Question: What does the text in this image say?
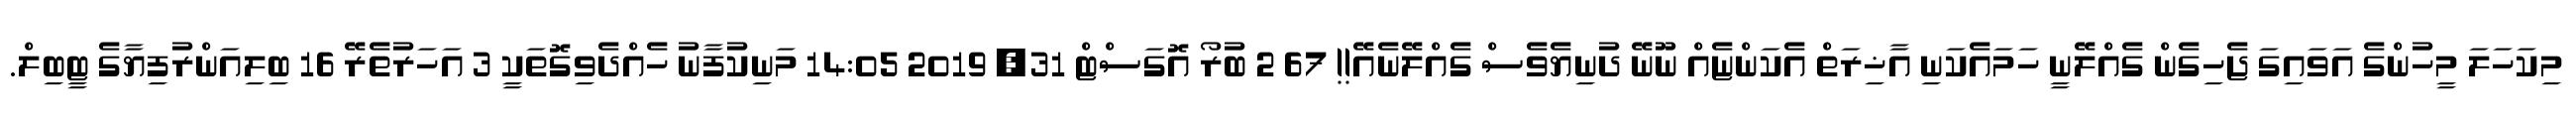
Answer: މިކަހަލަ މީހުންގެ އަވައިގަ ޖެހިގެން ގެއްލޭނީ ހަމައެކަނި އާޚިރަތް އެކަންޏެއް ނޫނޭ ދުނިޔެވެސް ގެއްލޭނެއޭ!! 67 2 ބުރޯ އޮގަސްޓް 31, 2019 14:05 މަނިކުފާނު ހެއްދެވިގޮތަކީ 3 އަހަރުތެރޭ 16 ބިލިއަންރުފިޔާގެ ޓީބިލް.